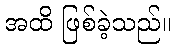
အထိ ဖြစ်ခဲ့သည်။